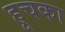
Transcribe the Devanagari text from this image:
हूचका